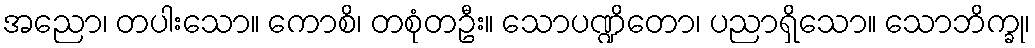
အညော၊ တပါးသော။ ကောစိ၊ တစုံတဦး။ သောပဏ္ဍိတော၊ ပညာရှိသော။ သောဘိက္ခု၊